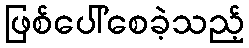
ဖြစ်ပေါ်စေခဲ့သည့်